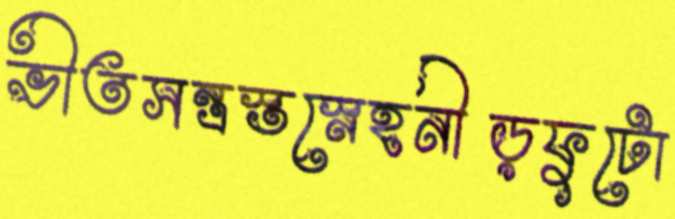
ভীতসন্ত্রস্তস্নেহনীড়ফুটো